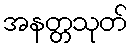
အနတ္တသုတ်